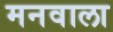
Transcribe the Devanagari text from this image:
मनवाला